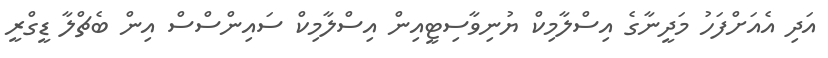
އަދި އެއަށްފަހު މަދީނާގެ އިސްލާމިކް ޔުނިވާސިޓީއިން އިސްލާމިކް ސައިންސްސް އިން ބެޗްލާ ޑީގްރީ